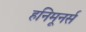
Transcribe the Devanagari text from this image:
हनिमूनर्स